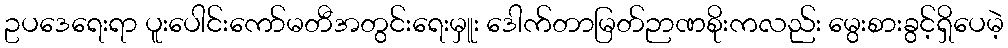
ဥပဒေရေးရာ ပူးပေါင်းကော်မတီအတွင်းရေးမှူး ဒေါက်တာမြတ်ဉာဏစိုးကလည်း မွေးစားခွင့်ရှိပေမဲ့